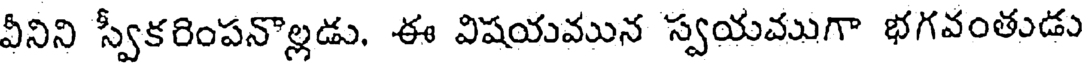
వీనిని స్వీకరింపనొల్లడు. ఈ విషయమున స్వయముగా భగవంతుడు